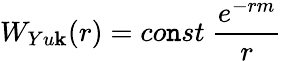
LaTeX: W_{Yu\mathbf{k}}(r)=co\mathtt{n}st\ \frac{{e^{-rm}}}{{r}}